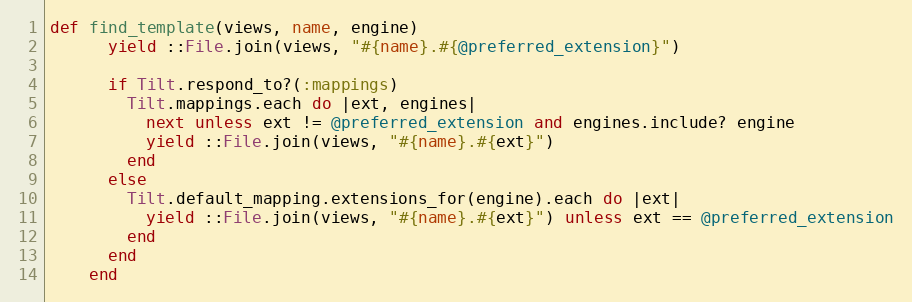
Language: Ruby
def find_template(views, name, engine)
      yield ::File.join(views, "#{name}.#{@preferred_extension}")

      if Tilt.respond_to?(:mappings)
        Tilt.mappings.each do |ext, engines|
          next unless ext != @preferred_extension and engines.include? engine
          yield ::File.join(views, "#{name}.#{ext}")
        end
      else
        Tilt.default_mapping.extensions_for(engine).each do |ext|
          yield ::File.join(views, "#{name}.#{ext}") unless ext == @preferred_extension
        end
      end
    end